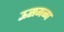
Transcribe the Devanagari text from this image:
ऊसमळा